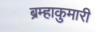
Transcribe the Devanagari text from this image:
ब्रम्हाकुमारी